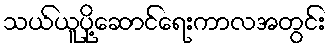
သယ်ယူပို့ဆောင်ရေးကာလအတွင်း